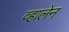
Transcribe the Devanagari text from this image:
व्हालेन